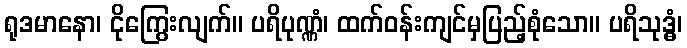
ရုဒမာနော၊ ငိုကြွေးလျက်။ ပရိပုဏ္ဏံ၊ ထက်ဝန်းကျင်မှပြည့်စုံသော။ ပရိသုဒ္ဓံ၊